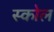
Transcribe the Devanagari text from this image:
स्कोल